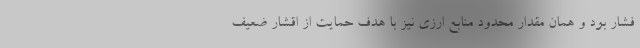
فشار بود و همان مقدار محدود منابع ارزی نیز با هدف حمایت از اقشار ضعیف